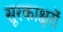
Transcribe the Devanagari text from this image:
सूरकाक्षरों